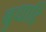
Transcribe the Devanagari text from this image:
बुधादि